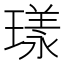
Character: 𭹴